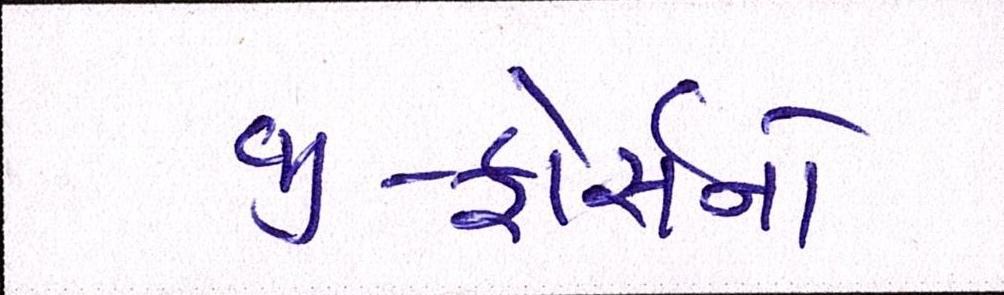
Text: જી-ફોર્સનો